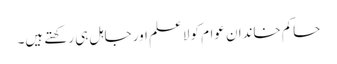
حاکم خاندان عوام کو لاعلم اور جاہل ہی رکھتے ہیں۔